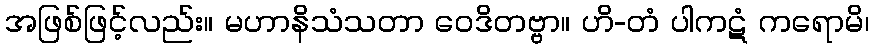
အဖြစ်ဖြင့်လည်း။ မဟာနိသံသတာ ဝေဒိတဗ္ဗာ။ ဟိ-တံ ပါကဋံ ကရောမိ၊